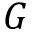
G